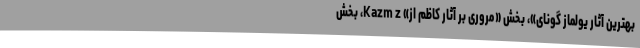
بهترین آثار يولماز گونای»، بخش «مروری بر آثار کاظم اُز» Kazm z، بخش